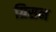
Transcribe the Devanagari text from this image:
ग्रिसन